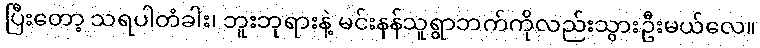
ပြီးတော့ သရပါတံခါး၊ ဘူးဘုရားနဲ့ မင်းနန်သူရွာဘက်ကိုလည်းသွားဦးမယ်လေ။